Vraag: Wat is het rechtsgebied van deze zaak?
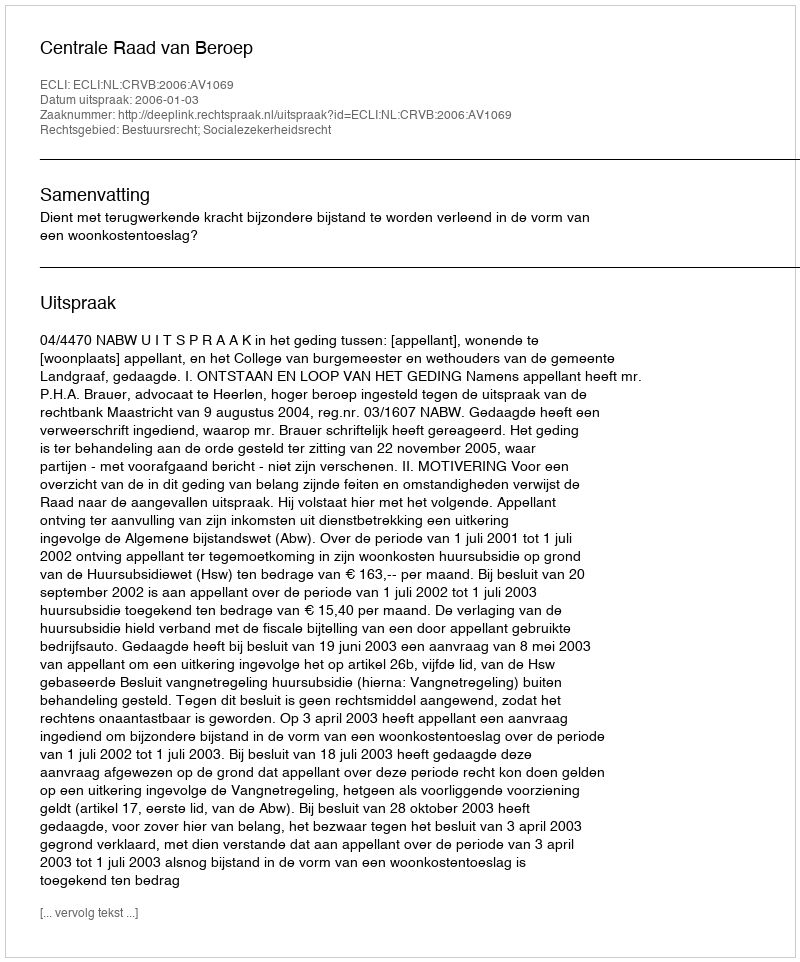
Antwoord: Bestuursrecht; Socialezekerheidsrecht